Annual administration report of the Civil Veterinary Department of India - 1899-1900
Year: 1899
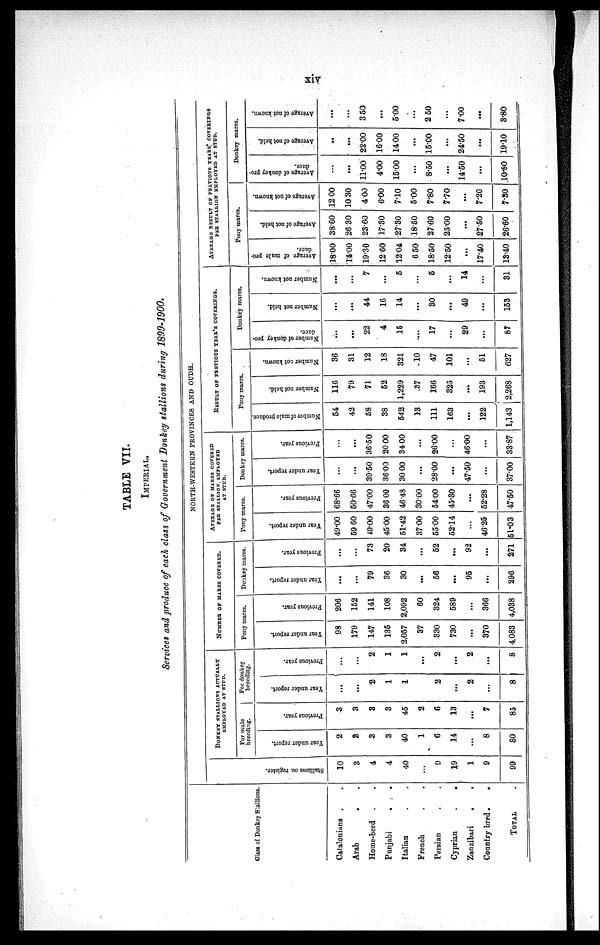
xiv
TABLE VII.
IMPERIAL.
Services and produce of each class of Government Donkey stallions during 1899-1900.
Glass of Donkey Stallions.
Catalonians . .
Arab
. .
Home-berd . .
Punjabi . .
Italian . .
French . .
Persian . .
Cyprian
.
.
Zanzibari
.
.
Country bred .
.
TOTAL
NORTH-WESTERN PROVINCES AND OUDH.
Stallions on register.
10
3
4
4
40
...
9
19
1
9
99
DONKEY STALLIONS ACTUALLY EMPLOYED AT STUD.
For mule
breeding.
Year under report.
2
3
3
3
40
1
6
14
...
8
80
Previous year.
3
3
3
3
45
2
6
13
...
7
85
For donkey
breeding.
Year under report.
...
...
2
1
1
2
...
2
...
8
Previous year.
...
...
2
1
1
...
2
...
2
...
8
NUMBER OF MARES COVERED.
Pony mares.
Year under report.
98
179
147
135
2,057
37
330
730
...
370
4,083
Previous year.
206
152
141
108
2,092
60
324
589
...
366
4,038
Donkey mares.
Year under report.
...
...
79
36
30
...
56
...
95
...
296
Previous year.
...
...
73
20
34
...
52
...
92
...
271
AVERAGE OF MARES COVERED
PER STALLION. EMPLOYED
AT STUD.
Pony marcs.
Year under report.
49.00
59 60
49.00
45.00
51.42
3700
55.00
52.14
...
46.25
51.03
Previous year.
68.66
50.66
47'00
3600
46.48
30.00
54 00
45.30
...
52.28
47.50
Donkey marcs.
Year under report.
...
...
39.50
36.00
30 00
...
28.00
...
47.50
...
37.00
Previous year.
....
...
36.50
20 00
34 00
...
26.00
...
46.00
...
33.87
RESULT OR PREVIOUS YEAR'S COVERINGS.
Pony mares.
Number of mule produce.
54
42
58
38
542
13
111
163
...
122
1,143
Number not held.
116
79
71
52
1,229
37
166
325
...
193
2,268
Number not known.
36
31
12
18
321
.10
47
101
...
51
627
Donkey mares.
Number of donkey pro-
duce.
...
...
22
4
15
...
17
...
29
...
87
Number not held.
...
...
44
16
14
...
30
...
49
...
153
Number not known.
...
...
7
...
5
...
5
...
14
...
31
AVERAGE RESULT OF PREVIOUS YEARS COVERINGS
PER STALLION EMPLOYED AT STUD.
Pony mares.
Average of mule pro-
duce.
18.00
14.00
19.30
12.60
12.04
6 50
18.50
12.50
...
17.40
13.40
Average of not held.
3860
26 30
23.60
17.30
27.30
18.50
27.60
25.00
...
27.50
26.60
Average of not known.
12 00
10 30
400
6.00
7.10
5.00
7.80
7.70
...
7.20
7.30
Donkey marcs.
Average of donkey pro-
duce.
...
...
11.00
4.00
15.00
...
8.50
...
14.50
...
10.80
Average of not held.
..
...
22.00
1600
1400
...
15.00
...
24.50
...
19.10
Average of not known.
...
...
3 50
...
5.00
...
2 50
...
7.00
...
3.80